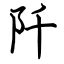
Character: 阡